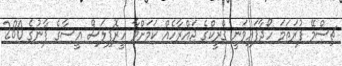
ޗިސްމޭ ފުރަތަމަ ހޯދާފައިވަނީ ގްރީކްގެ ޖައްރާހެއް ކަމަށްވާ ހީރޮފިލަސް އީސާގެ ފާނުގެ 280